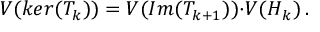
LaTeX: V ( k e r ( T _ { k } ) ) = V ( I m ( T _ { k + 1 } ) ) { \cdot } V ( { \cal H \/ } _ { k } ) \, .